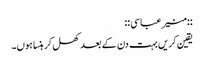
::منیر عباسی::
یقین کریں بہت دن کے بعد کھل کر ہنسا ہوں۔